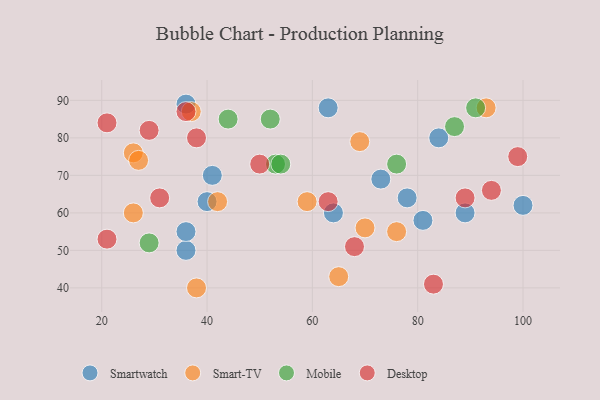
{"axis": {"x": "GDP", "y": "Life Expectancy"}, "legend": ["Desktop", "Mobile", "Smart-TV", "Smartwatch"], "data": [{"x": "64", "y": 60, "type": "Smartwatch"}, {"x": "89", "y": 60, "type": "Smartwatch"}, {"x": "73", "y": 69, "type": "Smartwatch"}, {"x": "78", "y": 64, "type": "Smartwatch"}, {"x": "36", "y": 50, "type": "Smartwatch"}, {"x": "41", "y": 70, "type": "Smartwatch"}, {"x": "63", "y": 88, "type": "Smartwatch"}, {"x": "40", "y": 63, "type": "Smartwatch"}, {"x": "36", "y": 55, "type": "Smartwatch"}, {"x": "81", "y": 58, "type": "Smartwatch"}, {"x": "100", "y": 62, "type": "Smartwatch"}, {"x": "84", "y": 80, "type": "Smartwatch"}, {"x": "36", "y": 89, "type": "Smartwatch"}, {"x": "37", "y": 87, "type": "Smart-TV"}, {"x": "26", "y": 76, "type": "Smart-TV"}, {"x": "93", "y": 88, "type": "Smart-TV"}, {"x": "42", "y": 63, "type": "Smart-TV"}, {"x": "38", "y": 40, "type": "Smart-TV"}, {"x": "70", "y": 56, "type": "Smart-TV"}, {"x": "69", "y": 79, "type": "Smart-TV"}, {"x": "26", "y": 60, "type": "Smart-TV"}, {"x": "76", "y": 55, "type": "Smart-TV"}, {"x": "65", "y": 43, "type": "Smart-TV"}, {"x": "59", "y": 63, "type": "Smart-TV"}, {"x": "27", "y": 74, "type": "Smart-TV"}, {"x": "53", "y": 73, "type": "Mobile"}, {"x": "91", "y": 88, "type": "Mobile"}, {"x": "44", "y": 85, "type": "Mobile"}, {"x": "54", "y": 73, "type": "Mobile"}, {"x": "52", "y": 85, "type": "Mobile"}, {"x": "29", "y": 52, "type": "Mobile"}, {"x": "87", "y": 83, "type": "Mobile"}, {"x": "76", "y": 73, "type": "Mobile"}, {"x": "99", "y": 75, "type": "Desktop"}, {"x": "29", "y": 82, "type": "Desktop"}, {"x": "94", "y": 66, "type": "Desktop"}, {"x": "21", "y": 84, "type": "Desktop"}, {"x": "89", "y": 64, "type": "Desktop"}, {"x": "31", "y": 64, "type": "Desktop"}, {"x": "21", "y": 53, "type": "Desktop"}, {"x": "68", "y": 51, "type": "Desktop"}, {"x": "38", "y": 80, "type": "Desktop"}, {"x": "36", "y": 87, "type": "Desktop"}, {"x": "50", "y": 73, "type": "Desktop"}, {"x": "63", "y": 63, "type": "Desktop"}, {"x": "83", "y": 41, "type": "Desktop"}]}